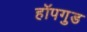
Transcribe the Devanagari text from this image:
हॉपगुड